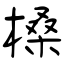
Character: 槡